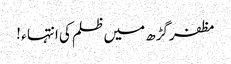
مظفرگڑھ میں ظلم کی انتہا ء !